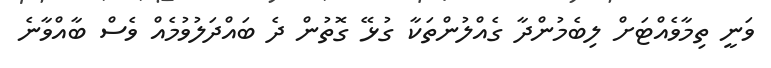
ވަނީ ތިމާވެއްޓަށް ލިބެމުންދާ ގެއްލުންތަކާ ގުޅޭ ގޮތުން ދެ ބައްދަލުވުމެއް ވެސް ބާއްވާނެ